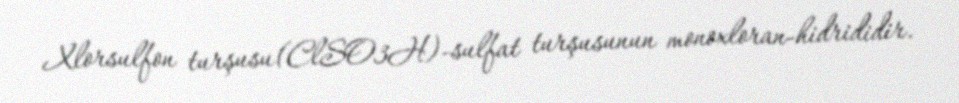
Xlorsulfon turşusu(ClSO3H)−sulfat turşusunun monoxloran-hidrididir.